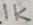
Text: 1K